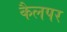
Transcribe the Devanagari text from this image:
कैलपर